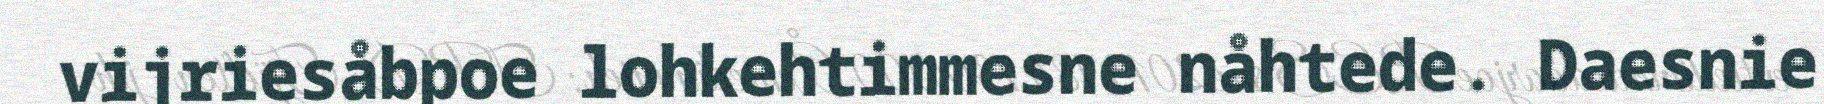
vijriesåbpoe lohkehtimmesne nåhtede. Daesnie